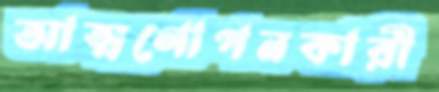
আত্মগোপনকারী